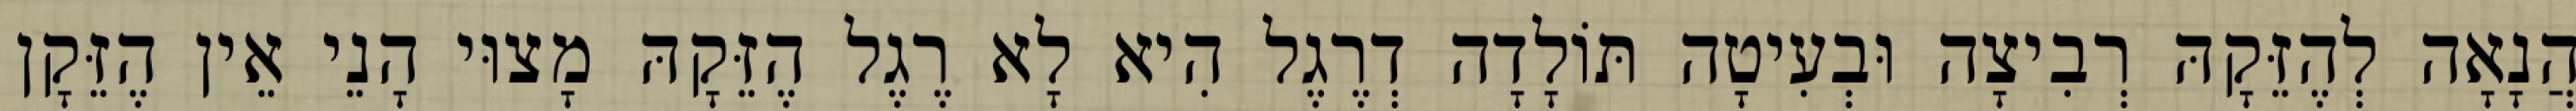
הֲנָאָה לְהֶזֵּקָהּ רְבִיצָה וּבְעִיטָה תּוֹלָדָה דְרֶגֶל הִיא לָא רֶגֶל הֶזֵּקָהּ מָצוּי הָנֵי אֵין הֶזֵּקָן